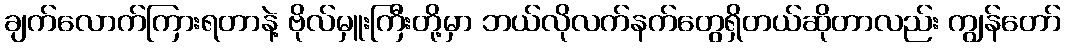
ချက်လောက်ကြားရတာနဲ့ ဗိုလ်မှူးကြီးတို့မှာ ဘယ်လိုလက်နက်တွေရှိတယ်ဆိုတာလည်း ကျွန်တော်